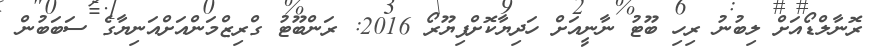
ރޮނާލްޑޯއަށް ލިބުނު ރިހި ބޫޓު ނާނީއަށް ހަދިޔާކޮށްފިޔޫރޯ 2016: ރަންބޫޓު ގްރިޒްމަންއަށްއަނިޔާގެ ސަބަބުން